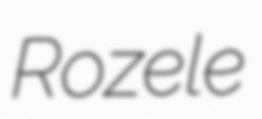
Rozele